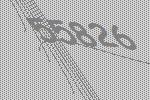
55826